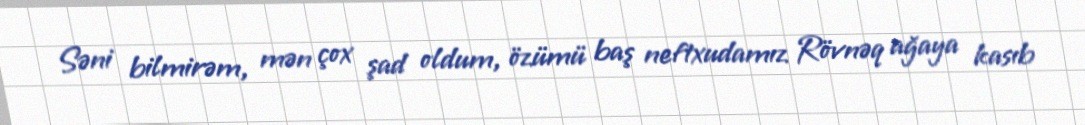
Səni bilmirəm, mən çox şad oldum, özümü baş neftxudamız Rövnəq ağaya kasıb